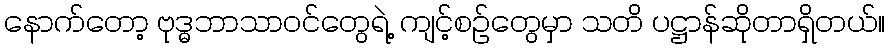
နောက်တော့ ဗုဒ္ဓဘာသာဝင်တွေရဲ့ ကျင့်စဉ်တွေမှာ သတိ ပဋ္ဌာန်ဆိုတာရှိတယ်။